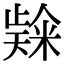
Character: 𮇬